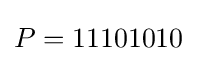
P=11101010